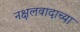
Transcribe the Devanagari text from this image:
नक्षलवादाच्या